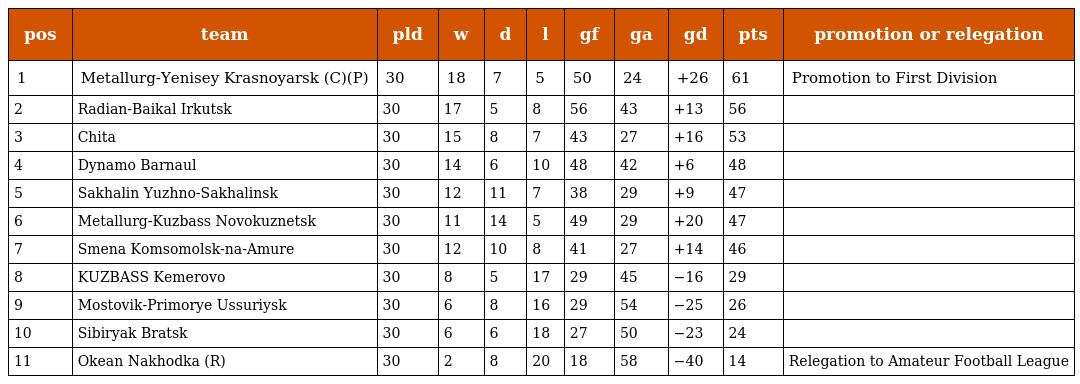
| pos | team | pld | w | d | l | gf | ga | gd | pts | promotion or relegation |
 | --- | --- | --- | --- | --- | --- | --- | --- | --- | --- | --- |
 | 1 | Metallurg-Yenisey Krasnoyarsk (C)(P) | 30 | 18 | 7 | 5 | 50 | 24 | +26 | 61 | Promotion to First Division |
 | 2 | Radian-Baikal Irkutsk | 30 | 17 | 5 | 8 | 56 | 43 | +13 | 56 |  |
 | 3 | Chita | 30 | 15 | 8 | 7 | 43 | 27 | +16 | 53 |  |
 | 4 | Dynamo Barnaul | 30 | 14 | 6 | 10 | 48 | 42 | +6 | 48 |  |
 | 5 | Sakhalin Yuzhno-Sakhalinsk | 30 | 12 | 11 | 7 | 38 | 29 | +9 | 47 |  |
 | 6 | Metallurg-Kuzbass Novokuznetsk | 30 | 11 | 14 | 5 | 49 | 29 | +20 | 47 |  |
 | 7 | Smena Komsomolsk-na-Amure | 30 | 12 | 10 | 8 | 41 | 27 | +14 | 46 |  |
 | 8 | KUZBASS Kemerovo | 30 | 8 | 5 | 17 | 29 | 45 | −16 | 29 |  |
 | 9 | Mostovik-Primorye Ussuriysk | 30 | 6 | 8 | 16 | 29 | 54 | −25 | 26 |  |
 | 10 | Sibiryak Bratsk | 30 | 6 | 6 | 18 | 27 | 50 | −23 | 24 |  |
 | 11 | Okean Nakhodka (R) | 30 | 2 | 8 | 20 | 18 | 58 | −40 | 14 | Relegation to Amateur Football League |